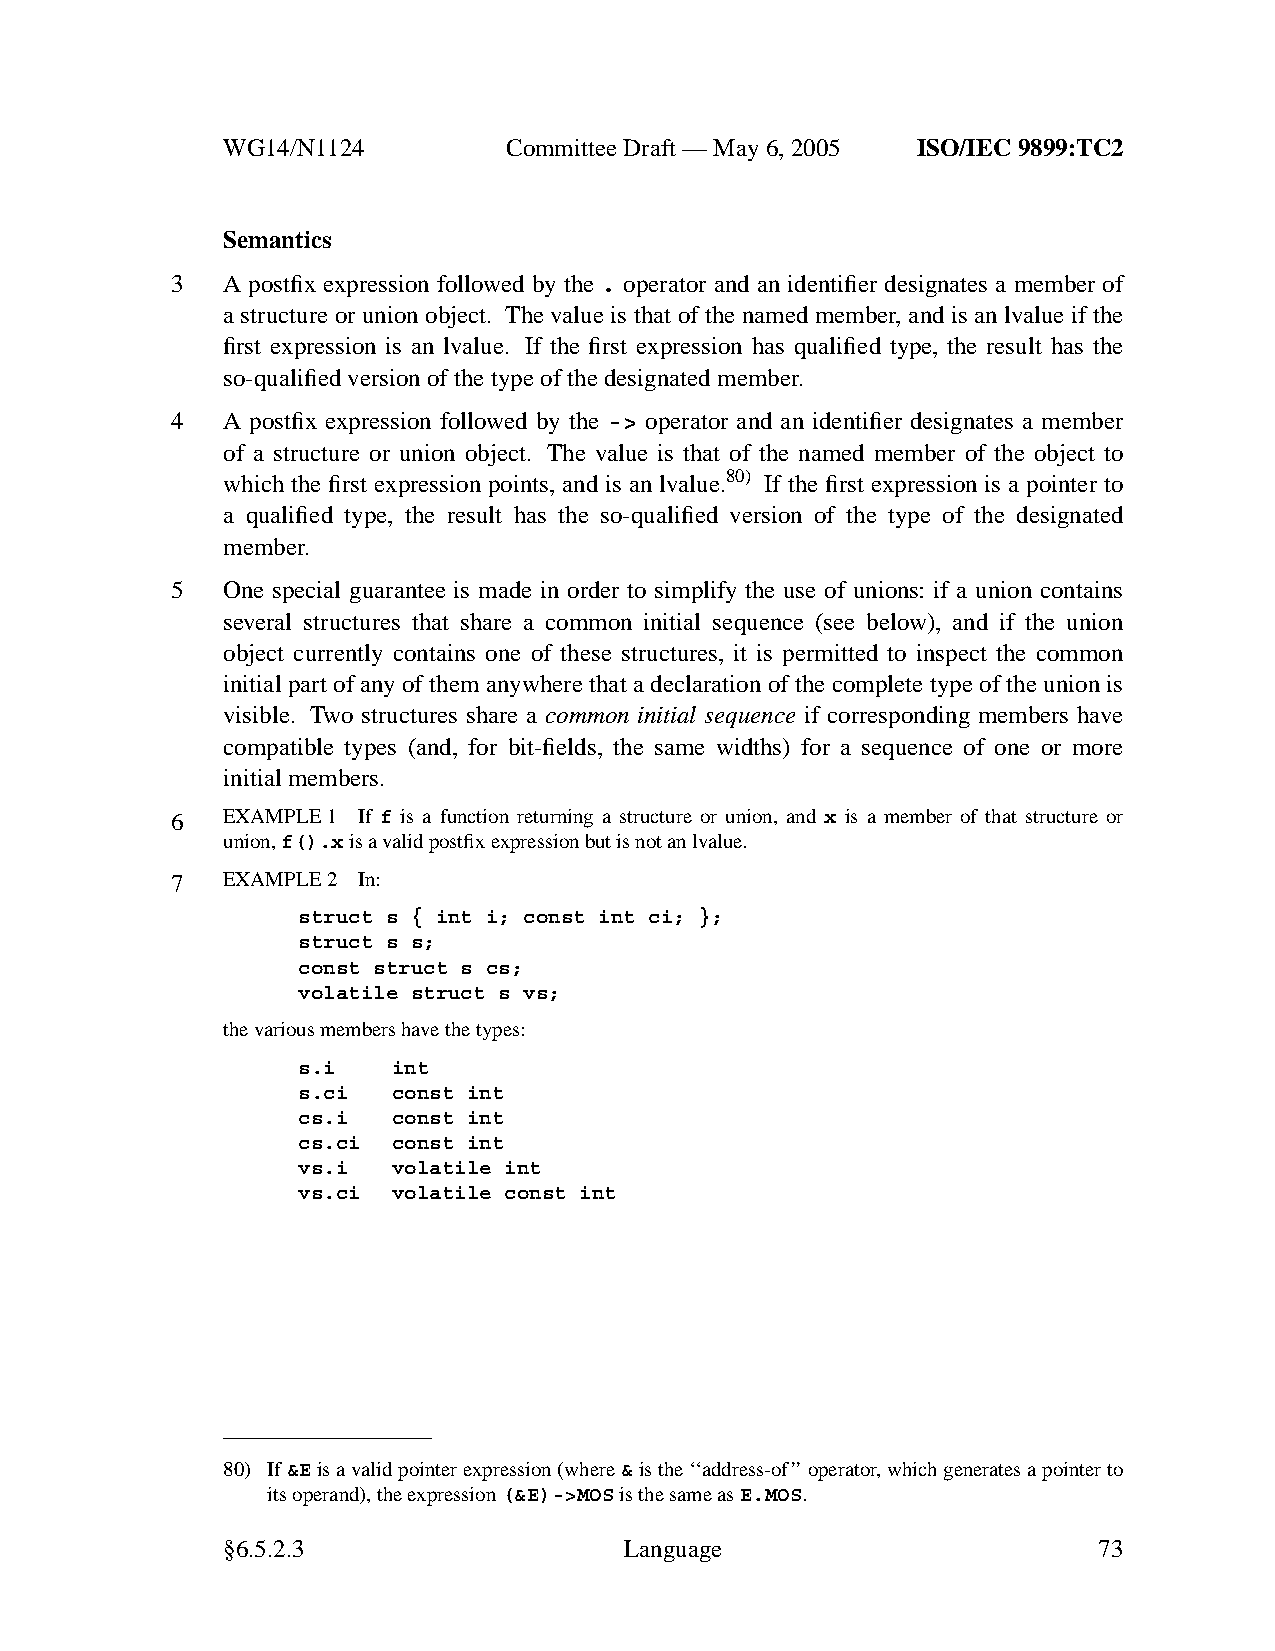
WG14/N1124        CommitteeDraft — May 6, 2005 ISO/IEC 9899:TC2
 Semantics
 3   A postfix expression followed by the . operator and an identifier designates a member of
 a structure or union object. The value is that of the named member, and is an lvalue if the
 first expression is an lvalue. If the first expression has qualified type, the result has the
 so-qualified version of the type of the designated member.
 4   A postfix expression followed by the -> operator and an identifier designates a member
 of a structure or union object. The value is that of the named member of the object to
 which the first expression points, and is an lvalue.80) If the first expression is a pointer to
 a qualified type, the result has the so-qualified version of the type of the designated
 member.
 5   One special guarantee is made in order to simplify the use of unions: if a union contains
 several structures that share a common initial sequence (see below), and if the union
 object currently contains one of these structures, it is permitted to inspect the common
 initial part of any of them anywhere that a declaration of the complete type of the union is
 visible. Two structures share a common initial sequence if corresponding members have
 compatible types (and, for bit-fields, the same widths) for a sequence of one or more
 initial members.
 6   EXAMPLE 1 If f is a function returning a structure or union, and x is a member of that structure or
 union,f().xis a valid postfix expression but is not an lvalue.
 7   EXAMPLE 2 In:
 struct s { int i; const int ci; };
 struct s s;
 const struct s cs;
 volatile struct s vs;
 the various members have the types:
 s.i   int
 s.ci  const int
 cs.i  const int
 cs.ci const int
 vs.i  volatile int
 vs.ci volatile const int
 80) If&Eis a valid pointer expression (where&is the ‘‘address-of ’’operator,which generates a pointer to
 its operand), the expression(&E)->MOSis the same asE.MOS.
 §6.5.2.3                  Language                        73